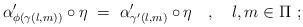
LaTeX: \begin{align*}\alpha'_{ \phi(\gamma(l,m)) } \circ \eta \ = \ \alpha'_{ \gamma'(l,m) } \circ \eta\ \ \ , \ \ \ l,m \in \Pi\ ;\end{align*}